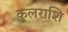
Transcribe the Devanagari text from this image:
कुलराशि